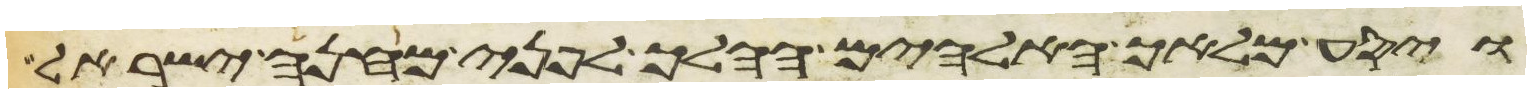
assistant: ויסע מלאך האלהים ההלך לפני מחנה ישראל